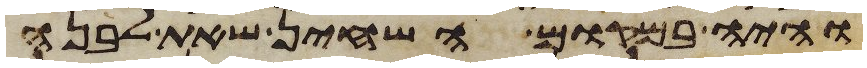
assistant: והיה במקום השחין שאת לבנה